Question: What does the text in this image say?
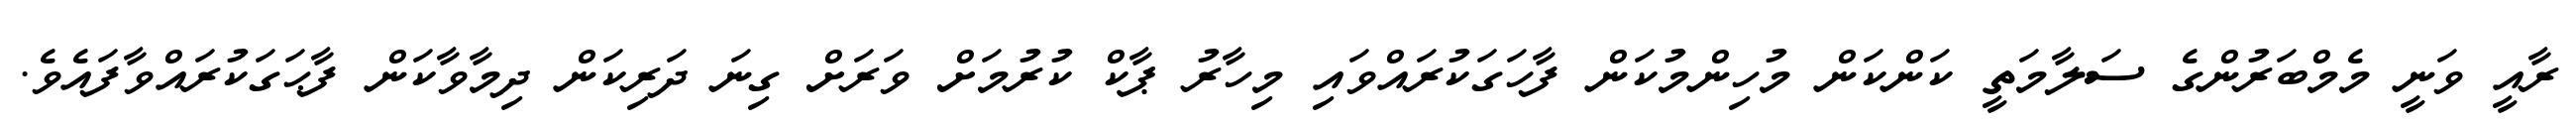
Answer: ރާއީ ވަނީ މެމްބަރުންގެ ސަލާމަތީ ކަންކަން މުހިންމުކަން ފާހަގަކުރައްވައި މިހާރު ޕާކް ކުރުމަށް ވަރަށް ގިނަ ދަރިކަން ދިމާވާކަން ފާޙަގަކުރައްވާފައެވެ.